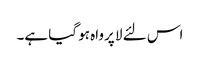
اس لئے لا پرواہ ہو گیا ہے۔